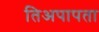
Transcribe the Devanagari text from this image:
तिअपापता